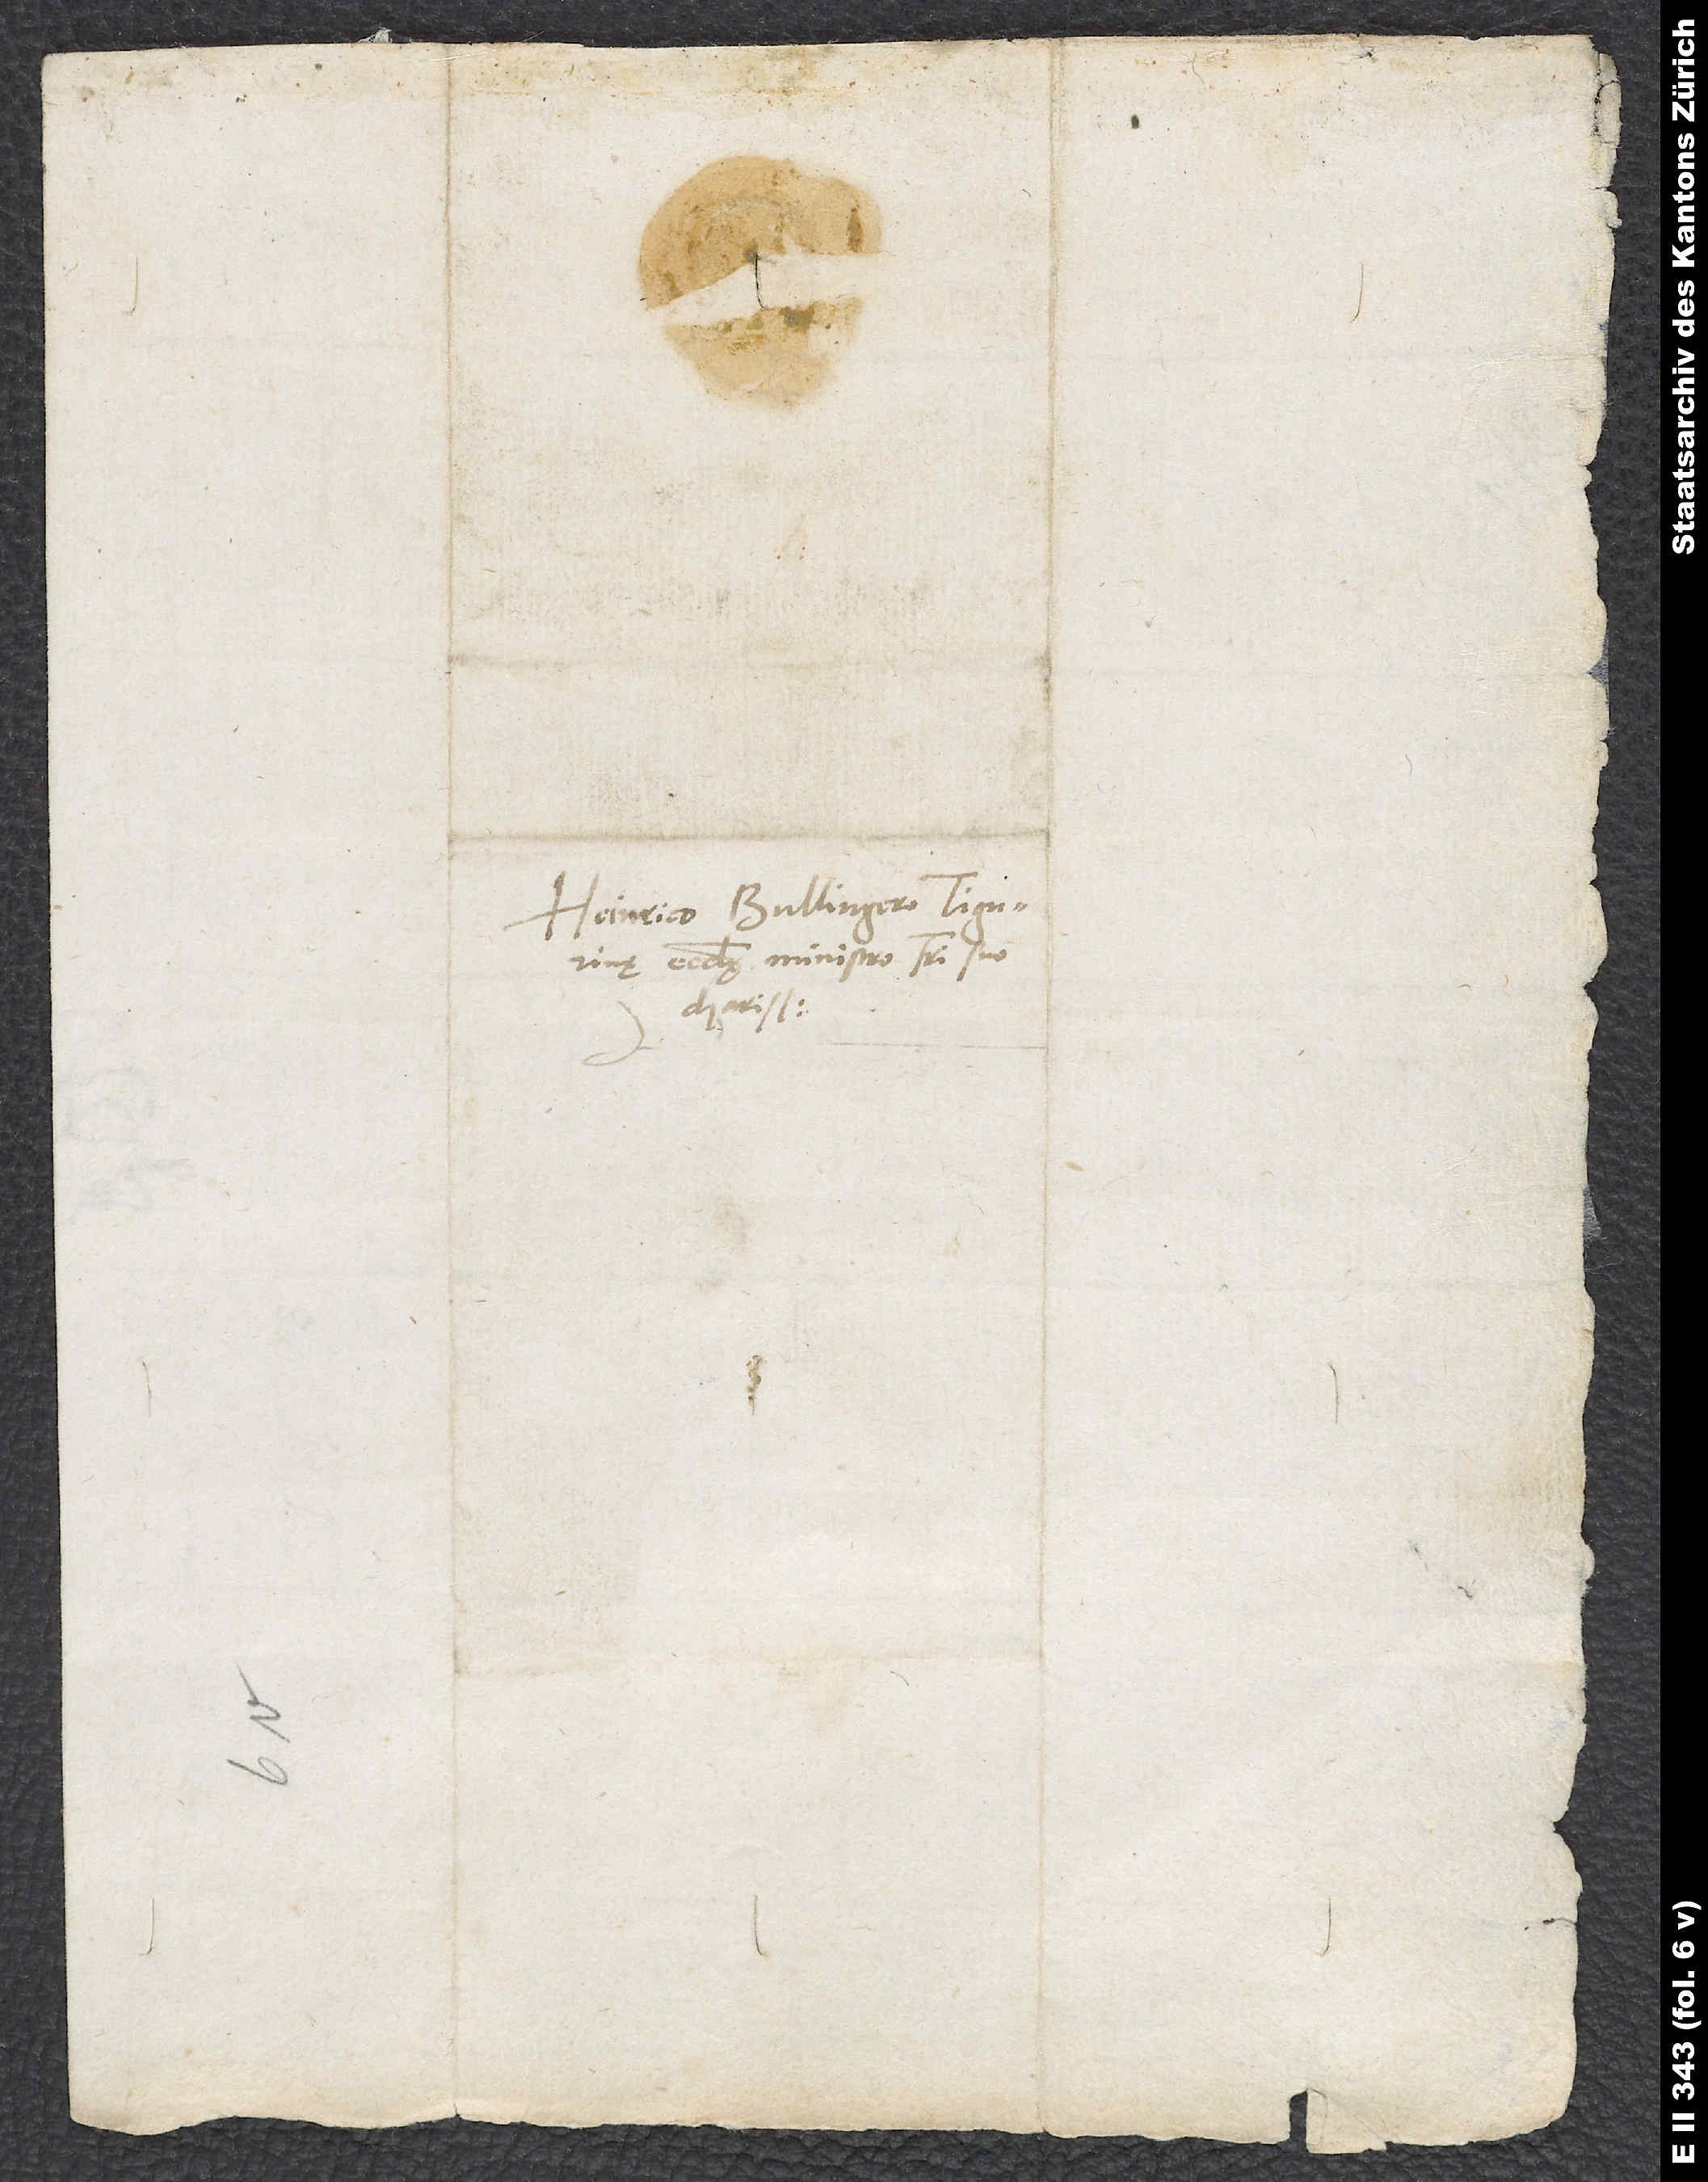
Heinrico Bullingero, Tigurinę
ecclesię ministro, fratri suo
charissimo.